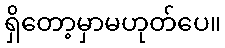
ရှိတော့မှာမဟုတ်ပေ။